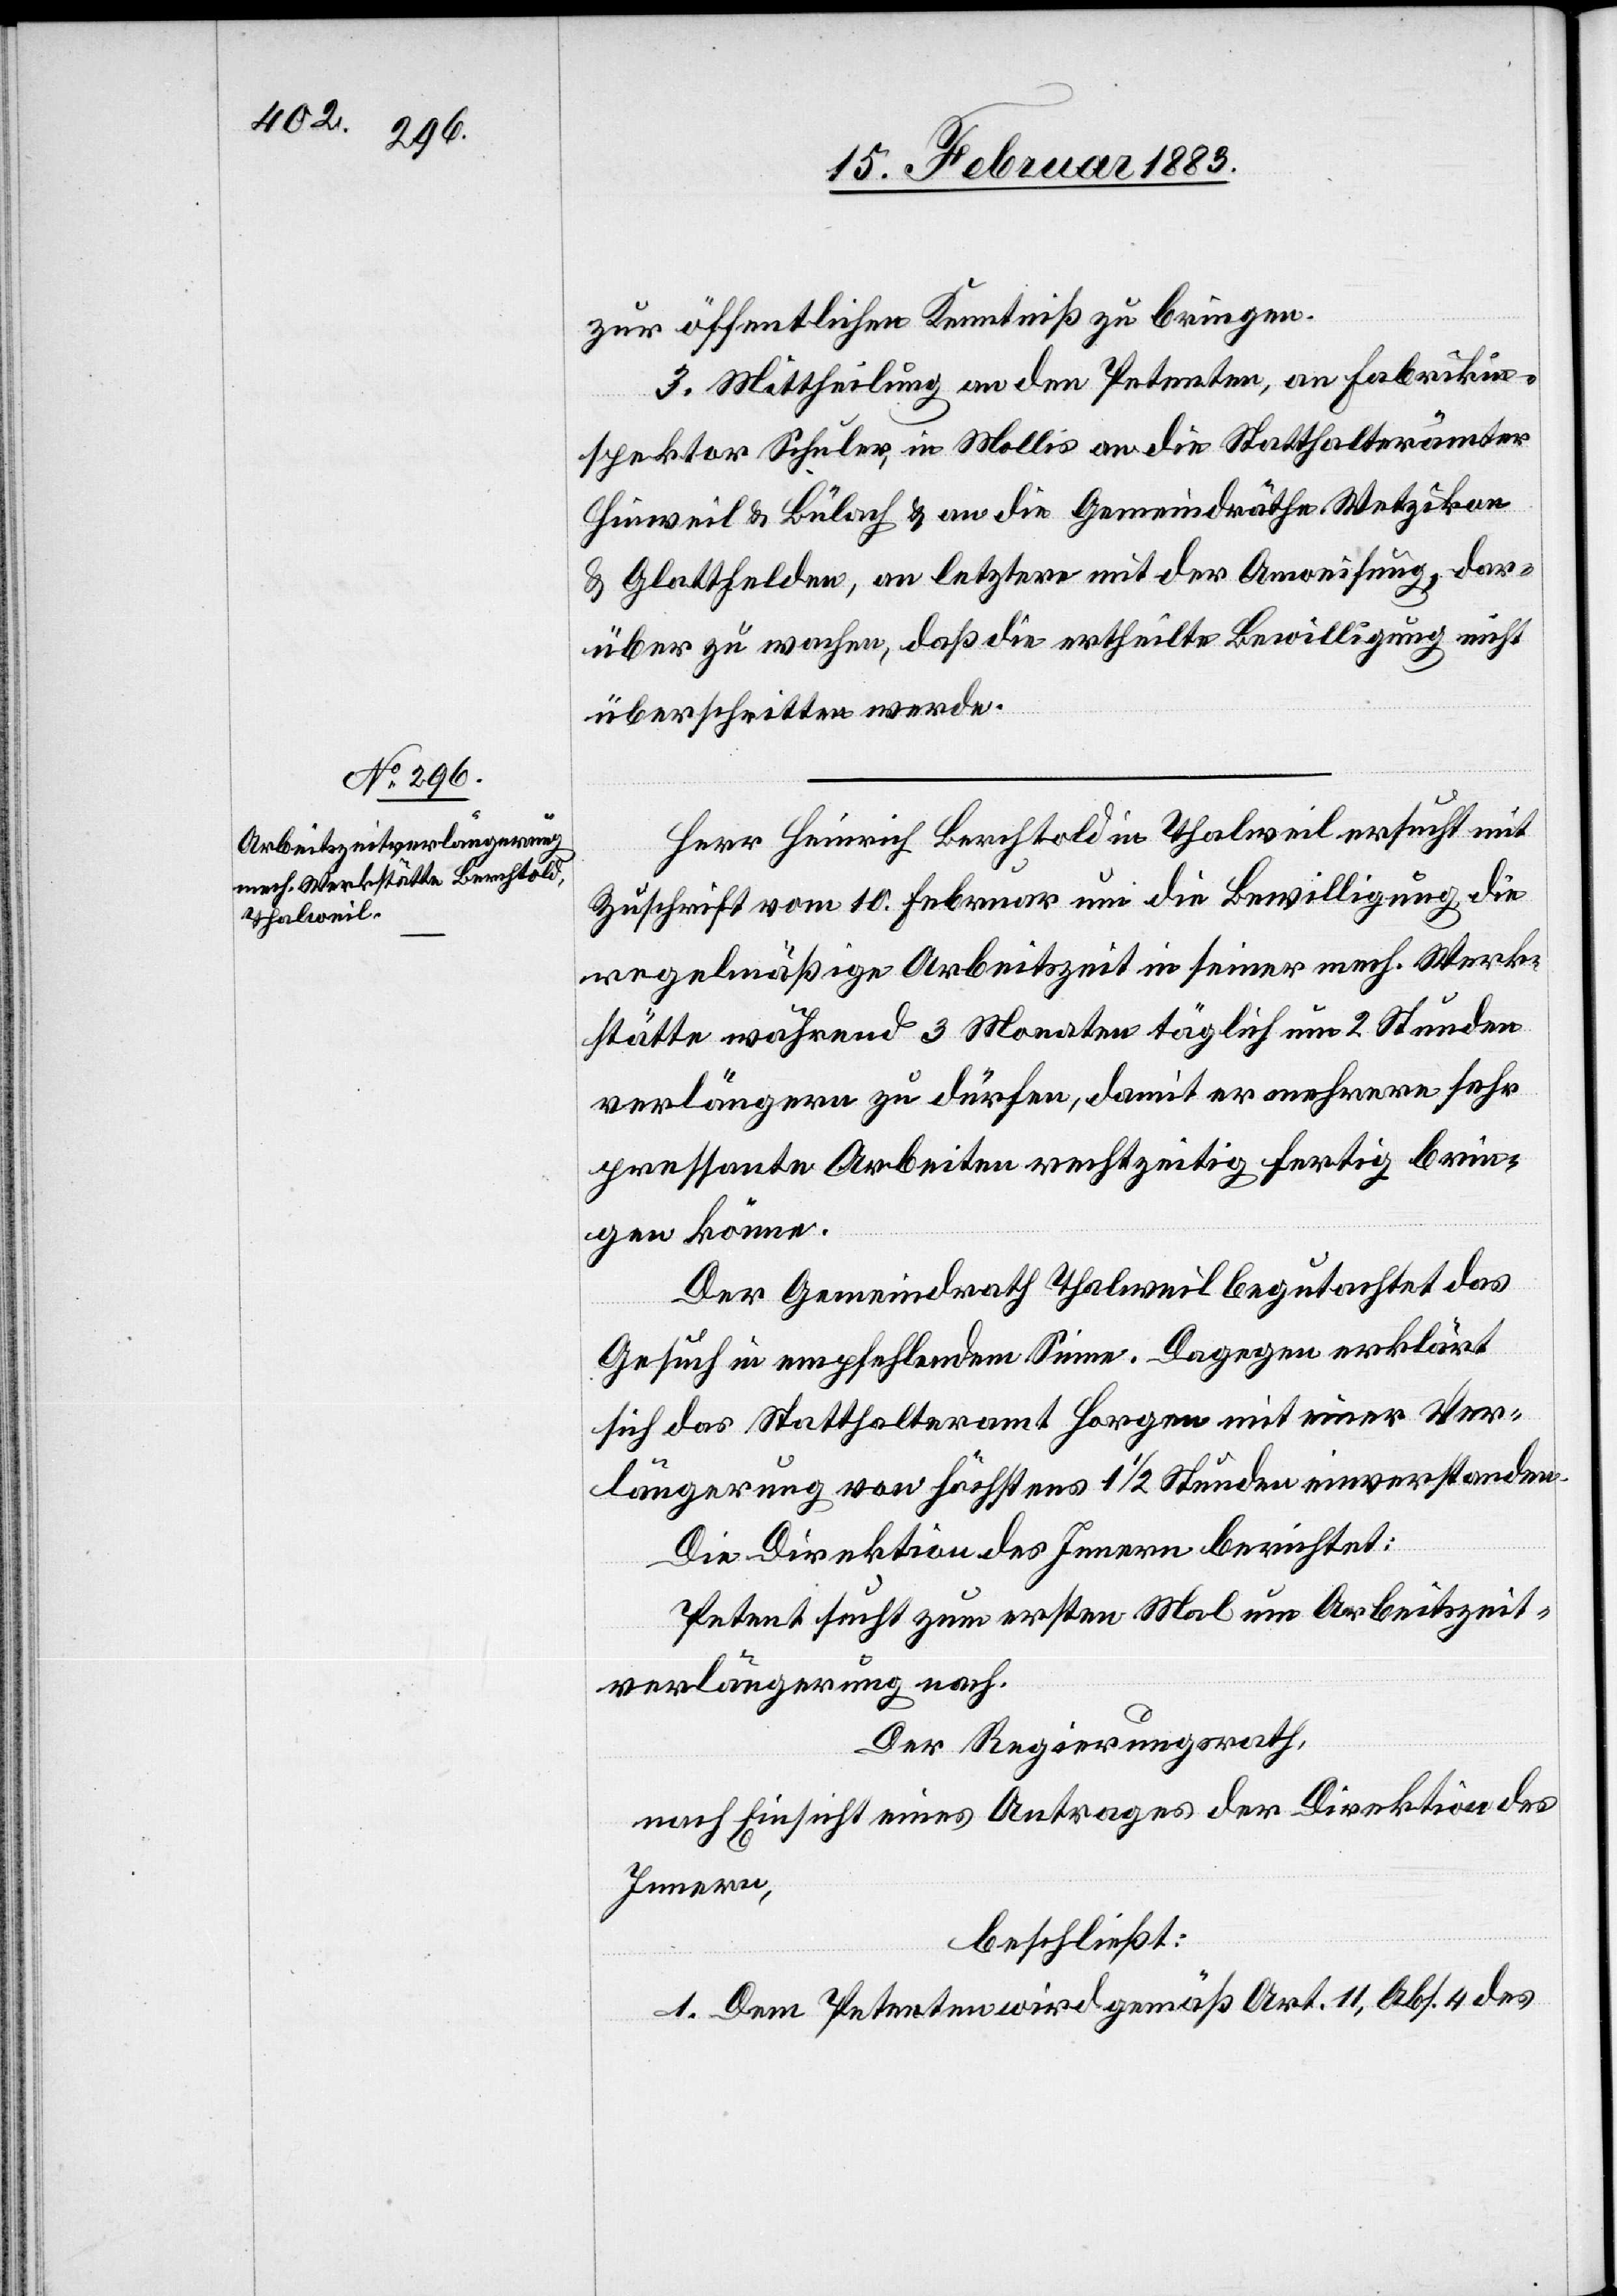
zur öffentlichen Kenntniß zu bringen.
3. Mittheilung an den Petenten, an Fabrikin¬
spektor Schuler, in Mollis an die Statthalterämter
Hinweil & Bülach & an die Gemeindräthe Wetzikon
& Glattfelden, an letztere mit der Anweisung, dar¬
über zu wachen, daß die ertheilte Bewilligung nicht
überschritten werde.
Herr Heinrich Berchtold ersucht mit Zuschrift
regelmäßige Arbeitszeit in seiner mech. Werk¬
stätte während 3 Monaten täglich um 2 Stunden
verlängern zu dürfen, damit er mehrere sehr
pressante Arbeiten rechtzeitig fertig brin¬
gen könne.
Der Gemeindrath Thalweil begutachtet das
Gesuch in empfehlendem Sinne. Dagegen erklärt
sich das Statthalteramt Horgen mit einer Ver¬
längerung von höchstens 1 1/2 Stunden einverstanden.
Die Direktion des Innern berichtet:
Petent sucht zum ersten Mal um Arbeitszeit¬
verlängerung nach.
Der Regierungsrath,
nach Einsicht eines Antrages der Direktion des
Innern,
beschließt:
1. Dem Petenten wird gemäß Art. 11. Abs. 4 des